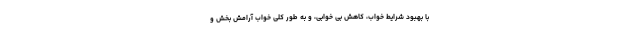
با بهبود شرایط خواب، کاهش بی خوابی، و به طور کلی خواب آرامش بخش و